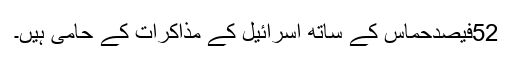
52فیصدحماس کے ساتھ اسرائیل کے مذاکرات کے حامی ہیں۔